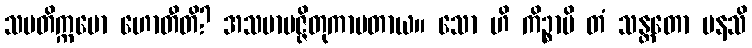
သမတိက္ကမော ဟောတီတိ? အသမာပဇ္ဇိတုကာမတာယ။ သော ဟိ ကိဉ္စာပိ တံ သန္တတော မနသိ